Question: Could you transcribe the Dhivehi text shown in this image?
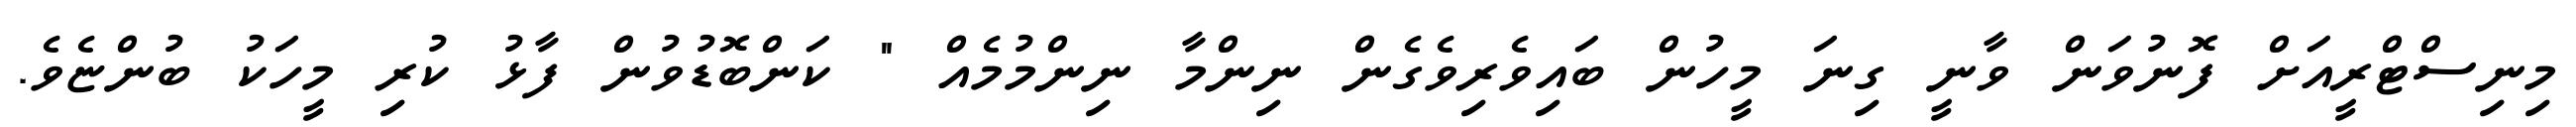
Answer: މިނިސްޓްރީއަށް ފޮނުވަން ވާނީ ގިނަ މީހުން ބައިވެރިވެގެން ނިންމާ ނިންމުމެއް " ކަންބޮޑުވުން ފާޅު ކުރި މީހަކު ބުންޏެވެ.